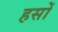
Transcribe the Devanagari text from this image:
हसों